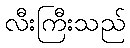
လီးကြီးသည်